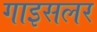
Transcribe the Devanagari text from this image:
गाइसलर